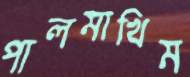
পালমাখিম